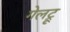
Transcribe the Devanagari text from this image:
गेलट्रू